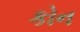
કોન